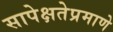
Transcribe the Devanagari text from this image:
सापेक्षतेप्रमाणे